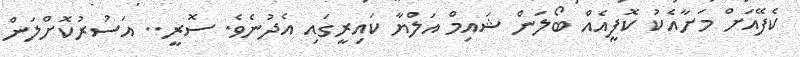
ކެފޭއަށް މަށާއެކު ކޮފީއެއް ބޯލަން ޝައިމް އަލްޔާ ކައިރީގައި އެދުނެވެ. ސޮރީ.. އަސުރުކޮށްލަން